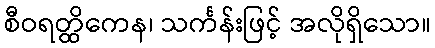
စီဝရတ္ထိကေန၊ သင်္ကန်းဖြင့် အလိုရှိသော။